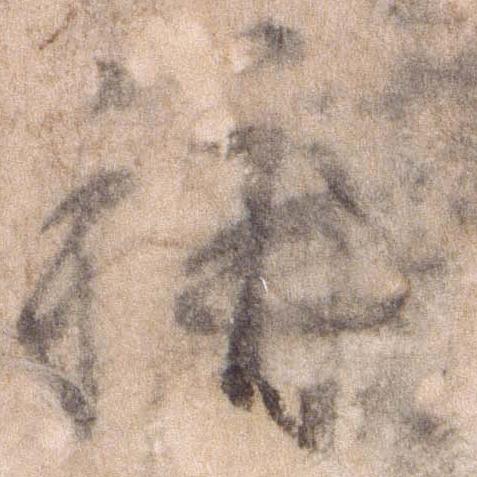
称